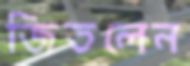
জিতলেন